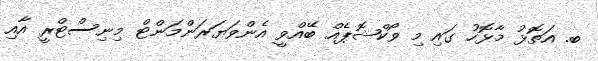
ބ. އަތޮޅު މާޅޮހު ގައި މި ވޯކްޝޮޕެއް ބޭއްވީ އެންވަޔަރަންމަންޓް މިނިސްޓްރީ އާއި